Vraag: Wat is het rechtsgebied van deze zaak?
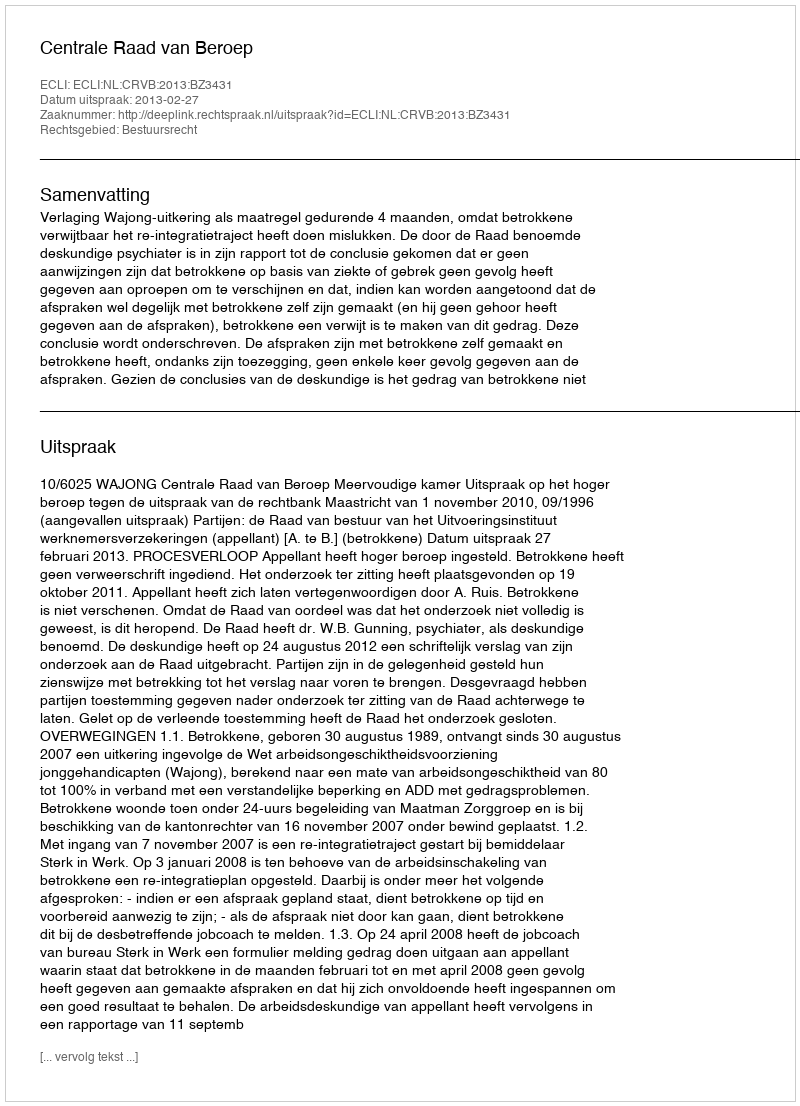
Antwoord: Bestuursrecht